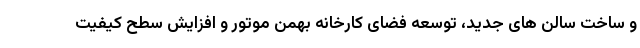
و ساخت سالن های جدید، توسعه فضای کارخانه بهمن موتور و افزایش سطح کیفیت